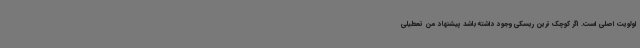
اولویت اصلی است. اگر کوچک ترین ریسکی وجود داشته باشد پیشنهاد من تعطیلی